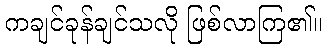
ကချင်ခုန်ချင်သလို ဖြစ်လာကြ၏။